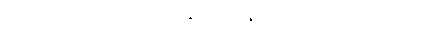
၉၅။ ပထဝိသမော နော ဝိရုဇ္ဈတိ၊ ဣန္ဒခိလုပမော တာဒိ သုဗ္ဗတော။